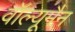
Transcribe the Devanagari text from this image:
वॉल्यूमैन